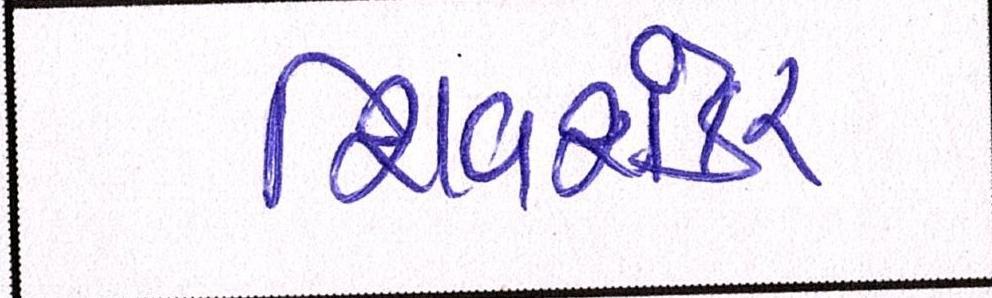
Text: શિવશંકર